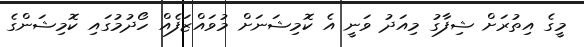
މީގެ އިތުރަށް ޝިފާގު މިއަދު ވަނީ އެ ކޮމިޝަނަށް މުވައްޒަފެއް ހޯދުމުގައި ކޮމިޝަންގެ